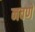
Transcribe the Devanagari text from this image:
नवणें